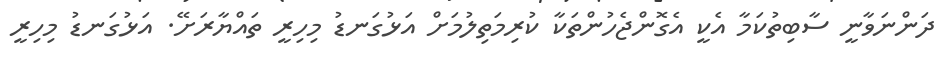
ދަންނަވާނީ ސާބިތުކަމާ އެކީ އެގޮންޖެހުންތަކާ ކުރިމަތިލުމަށް އަޅުގަނޑު މިހިރީ ތައްޔާރަށޭ. އަޅުގަނޑު މިހިރީ